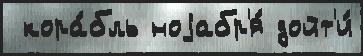
 кора́бль ноjабр'я́ дойт'и́